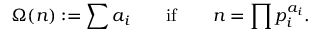
\Omega ( n ) : = \sum a _ { i } \qquad { \mathrm { i f } } \qquad n = \prod p _ { i } ^ { a _ { i } } .